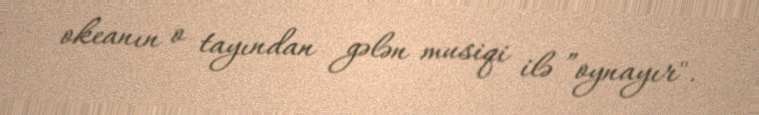
okeanın o tayından gələn musiqi ilə ”oynayır".